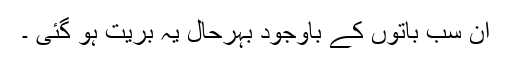
ان سب باتوں کے باوجود بہرحال یہ بریت ہو گئی ۔